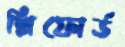
শ্লিফোর্ড